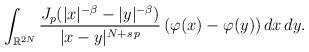
LaTeX: \begin{align*}\int_{\mathbb{R}^{2N}}\frac{J_p(|x|^{-\beta}-|y|^{-\beta})}{|x-y|^{N+s\,p}}\,(\varphi(x)-\varphi(y))\,dx\,dy.\end{align*}